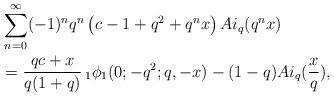
LaTeX: \begin{align*} & \sum_{n=0}^{\infty} (-1)^n q^n \left(c-1+q^2+q^n x \right)Ai_q(q^n x)\\&= \frac{qc+x}{q(1+q)}\,_1\phi_1 (0;-q^2;q,-x)-(1-q)Ai_q(\frac{x}{q}), \end{align*}